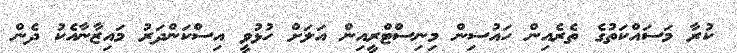
ކުރާ މަސައްކަތުގެ ތެރެއިން ހައުސިން މިނިސްޓްރީއިން އަލަށް ހުޅުވީ އިސްކަންދަރު މައިޒާނާއެކު ދެން